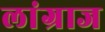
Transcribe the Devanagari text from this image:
लांग्राज